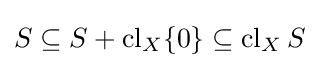
S\subseteq S+\operatorname {cl} _{X}\{0\}\subseteq \operatorname {cl} _{X}S